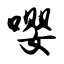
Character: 嘤